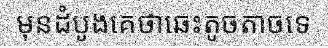
មុនដំបូងគេថាឆេះតូចតាចទេ